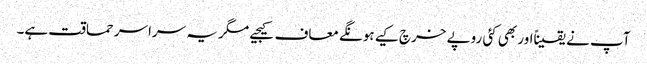
آپ نے یقیناًاور بھی کئی روپے خرچ کیے ہونگے معاف کیجیے مگر یہ سراسر حماقت ہے۔